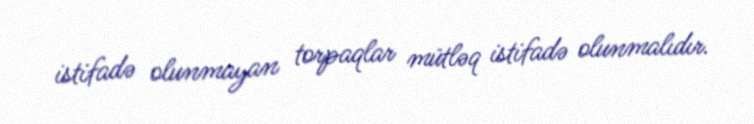
istifadə olunmayan torpaqlar mütləq istifadə olunmalıdır.